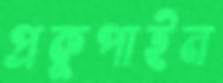
প্রকুপাইন